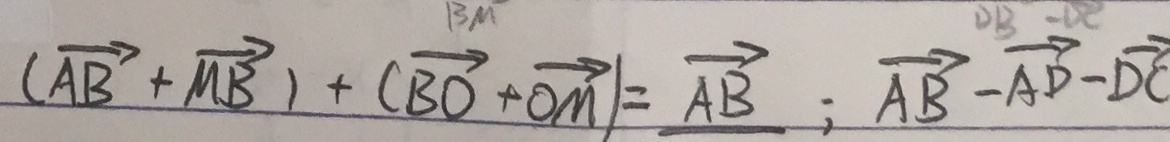
( \overrightarrow { A B } + \overrightarrow { M B } ) + ( \overrightarrow { B O } + \overrightarrow { O M } ) = \overrightarrow { A B } ; \overrightarrow { A B } - \overrightarrow { A D } - \overrightarrow { D C }